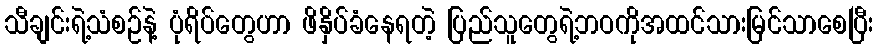
သီချင်းရဲ့သံစဉ်နဲ့ ပုံရိပ်တွေဟာ ဖိနှိပ်ခံနေရတဲ့ ပြည်သူတွေရဲ့ဘဝကိုအထင်သားမြင်သာစေပြီး